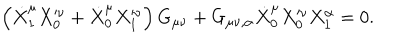
\left( \dot { X } _ { 1 } ^ { \mu } X _ { 0 } ^ { \nu } + \dot { X } _ { 0 } ^ { \mu } X _ { 1 } ^ { \nu } \right) G _ { \mu \nu } + G _ { \mu \nu , \alpha } \dot { X } _ { 0 } ^ { \mu } X _ { 0 } ^ { \nu } X _ { 1 } ^ { \alpha } = 0 .